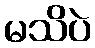
မသိပဲ